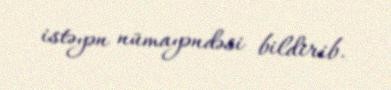
istəyən nümayəndəsi bildirib.